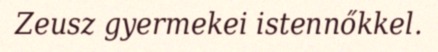
Zeusz gyermekei istennőkkel.